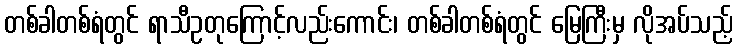
တစ်ခါတစ်ရံတွင် ရာသီဥတုကြောင့်လည်းကောင်း၊ တစ်ခါတစ်ရံတွင် မြေကြီးမှ လိုအပ်သည့်